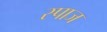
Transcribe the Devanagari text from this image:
स्पाज